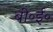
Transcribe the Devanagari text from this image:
बी॰ई॰